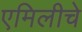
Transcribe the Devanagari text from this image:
एमिलीचे